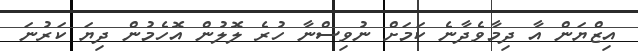
އިޒްޔަން އާ ދިމާވެދާނެ ކަމަށް ނުވިސްނާ ހުރެ ލޮލުން އޮހެމުން ދިޔަ ކަރުނަ